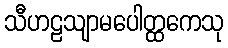
သီဟဠသျာမပေါတ္ထကေသု